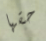
حقها